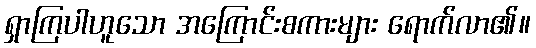
ရှာကြပါဟူသော အကြောင်းစကားများ ရောက်လာ၏။